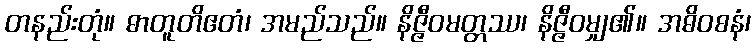
တနည်းတုံ။ ဓာတူတိဧတံ၊ အမည်သည်။ နိဇ္ဇီဝမတ္တဿ၊ နိဇ္ဇီဝမျှ၏။ အဓိဝစနံ၊